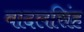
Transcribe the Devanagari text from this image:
बादलसिंह